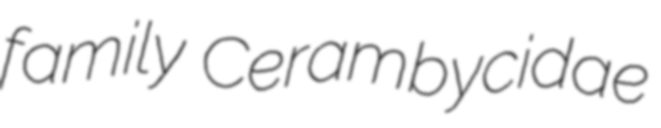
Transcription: family Cerambycidae